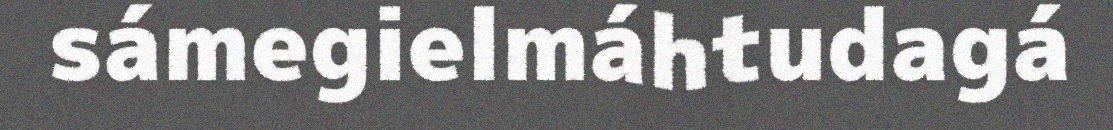
sámegielmáhtudagá